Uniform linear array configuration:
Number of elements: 24
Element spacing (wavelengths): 0.75
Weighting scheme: binomial
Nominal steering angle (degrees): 45
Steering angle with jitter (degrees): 45.265
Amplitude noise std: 0.05
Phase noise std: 0.05

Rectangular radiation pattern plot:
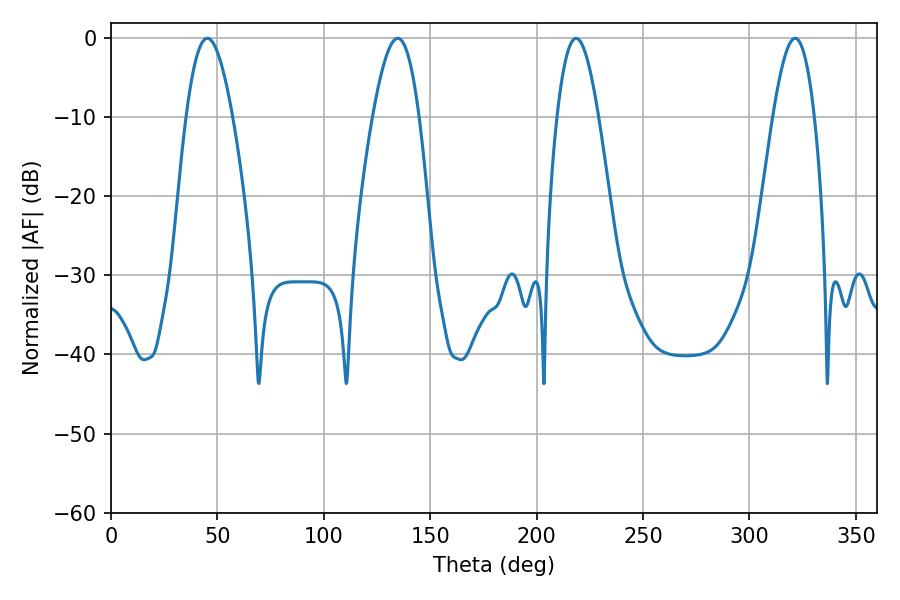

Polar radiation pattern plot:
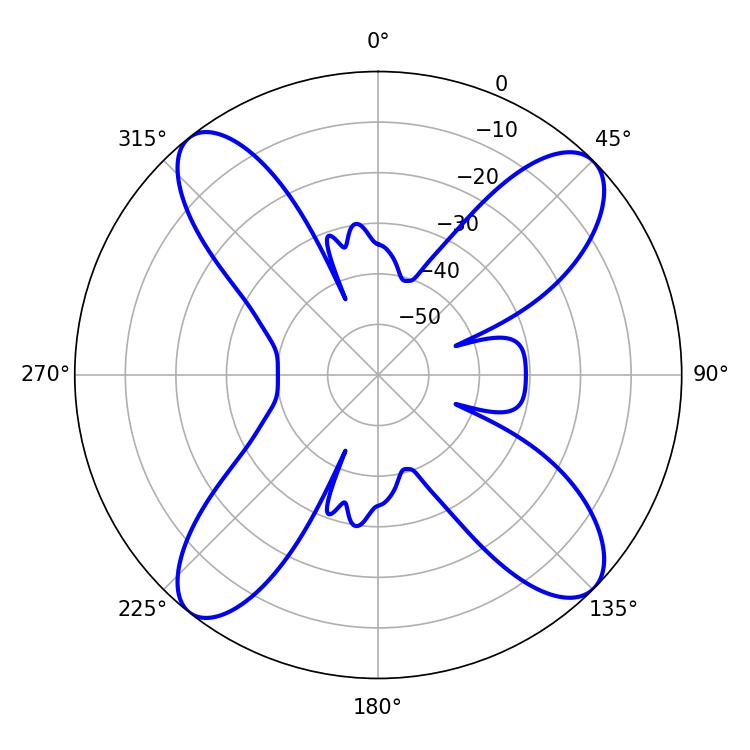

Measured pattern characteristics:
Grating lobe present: TRUE
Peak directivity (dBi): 14.697
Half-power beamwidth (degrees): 10.62
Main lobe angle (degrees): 218.52